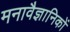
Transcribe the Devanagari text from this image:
मनावैज्ञानिकों